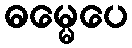
ဓမ္မေပေ